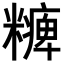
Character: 𥽅